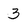
Character: 3